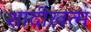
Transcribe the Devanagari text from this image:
शादीख़त्म